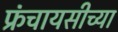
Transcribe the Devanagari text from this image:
फ्रंचायसीच्या